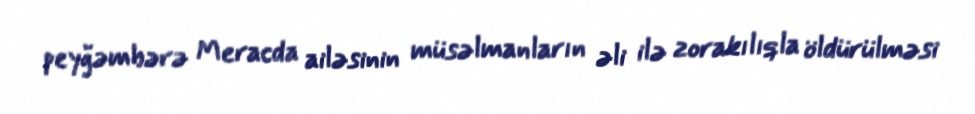
peyğəmbərə Meracda ailəsinin müsəlmanların əli ilə zorakılıqla öldürülməsi